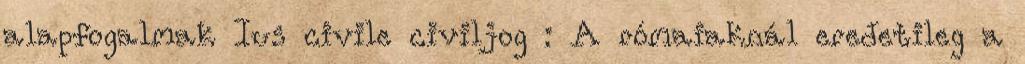
alapfogalmak Ius civile civiljog : A rómaiaknál eredetileg a